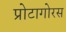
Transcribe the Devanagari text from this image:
प्रोटागोरस